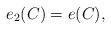
LaTeX: \begin{align*} e_2(C)=e(C), \end{align*}